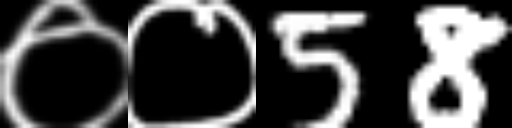
Text: ००58